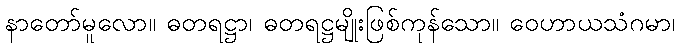
နာတော်မူလော။ ဓတရဋ္ဌာ၊ ဓတရဋ္ဌမျိုးဖြစ်ကုန်သော။ ဝေဟာယသံဂမာ၊